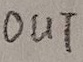
Text: OUT